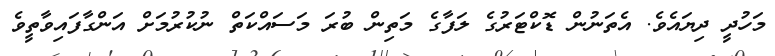
މަހުދީ ދިޔައެވެ. އެތަނުން ޑޮކްޓަރުގެ ލަފާގެ މަތިން ބުރަ މަސައްކަތް ނުކުރުމަށް އަންގާފައިވާތީވެ